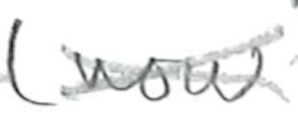
Text: (now
Cross-out: cross
Writing tool: pencil